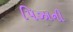
પિઝાની